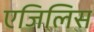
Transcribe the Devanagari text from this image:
एजिलिस